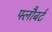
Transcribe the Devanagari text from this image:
फ्लौबर्ट